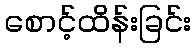
စောင့်ထိန်းခြင်း